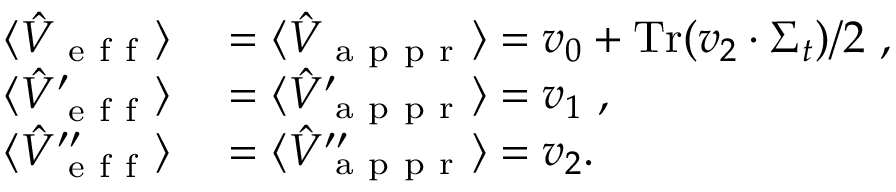
\begin{array} { r l } { \langle \hat { V } _ { \mathrm { ~ e ~ f ~ f ~ } } \rangle } & { { } = \langle \hat { V } _ { \mathrm { ~ a ~ p ~ p ~ r ~ } } \rangle = v _ { 0 } + \operatorname { T r } ( v _ { 2 } \cdot \Sigma _ { t } ) / 2 \mathrm { ~ , ~ \ } } \\ { \langle \hat { V } _ { \mathrm { ~ e ~ f ~ f ~ } } ^ { \prime } \rangle } & { { } = \langle \hat { V } _ { \mathrm { ~ a ~ p ~ p ~ r ~ } } ^ { \prime } \rangle = v _ { 1 } \mathrm { ~ , ~ \ } } \\ { \langle \hat { V } _ { \mathrm { ~ e ~ f ~ f ~ } } ^ { \prime \prime } \rangle } & { { } = \langle \hat { V } _ { \mathrm { ~ a ~ p ~ p ~ r ~ } } ^ { \prime \prime } \rangle = v _ { 2 } . } \end{array}